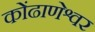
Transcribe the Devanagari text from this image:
कोंढाणेश्वर